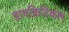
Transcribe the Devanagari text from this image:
डायक्रिटिकल